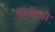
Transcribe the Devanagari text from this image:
सिमेंटही